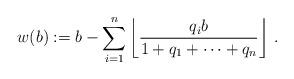
LaTeX: \begin{align*}w(b):=b-\sum_{i=1}^n\left\lfloor\frac{q_ib}{1+q_1+\cdots +q_n} \right\rfloor \, .\end{align*}